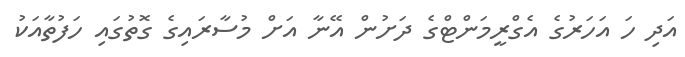
އަދި ހަ އަހަރުގެ އެގްރީމަންޓްގެ ދަށުން އޭނާ އަށް މުސާރައިގެ ގޮތުގައި ހަފުތާއަކު